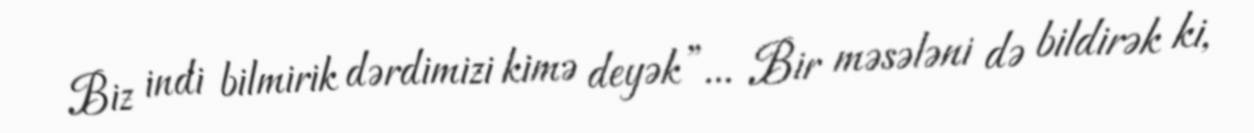
Biz indi bilmirik dərdimizi kimə deyək”... Bir məsələni də bildirək ki,